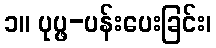
၁။ ပုပ္ဖ-ပန်းပေးခြင်း၊